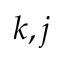
k , j